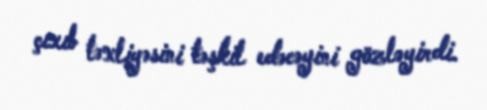
çıxıb təxliyəsini təşkil edəcəyini gözləyirdi.